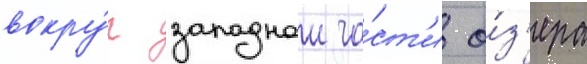
вокру́г западнои ча́ст'и о́з'ера